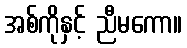
အစ်ကိုနှင့် ညီမကော။